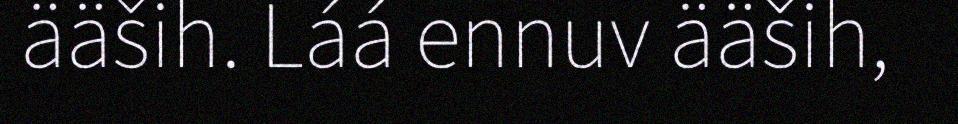
ääših. Láá ennuv ääših,